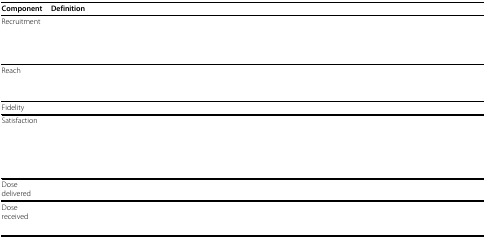
<table><thead><tr><td><b>Component</b></td><td><b>Definition</b></td></tr></thead><tbody><tr><td>Recruitment</td><td>[EMPTY_CELL]</td></tr><tr><td>[EMPTY_CELL]</td><td>[EMPTY_CELL]</td></tr><tr><td>[EMPTY_CELL]</td><td>[EMPTY_CELL]</td></tr><tr><td>[EMPTY_CELL]</td><td>[EMPTY_CELL]</td></tr><tr><td>Reach</td><td>[EMPTY_CELL]</td></tr><tr><td>[EMPTY_CELL]</td><td>[EMPTY_CELL]</td></tr><tr><td>[EMPTY_CELL]</td><td>[EMPTY_CELL]</td></tr><tr><td>Fidelity</td><td>[EMPTY_CELL]</td></tr><tr><td>Satisfaction</td><td>[EMPTY_CELL]</td></tr><tr><td>[EMPTY_CELL]</td><td>[EMPTY_CELL]</td></tr><tr><td>[EMPTY_CELL]</td><td>[EMPTY_CELL]</td></tr><tr><td>Dose delivered</td><td>[EMPTY_CELL]</td></tr><tr><td>Dose received</td><td>[EMPTY_CELL]</td></tr><tr><td>[EMPTY_CELL]</td><td>[EMPTY_CELL]</td></tr></tbody></table>